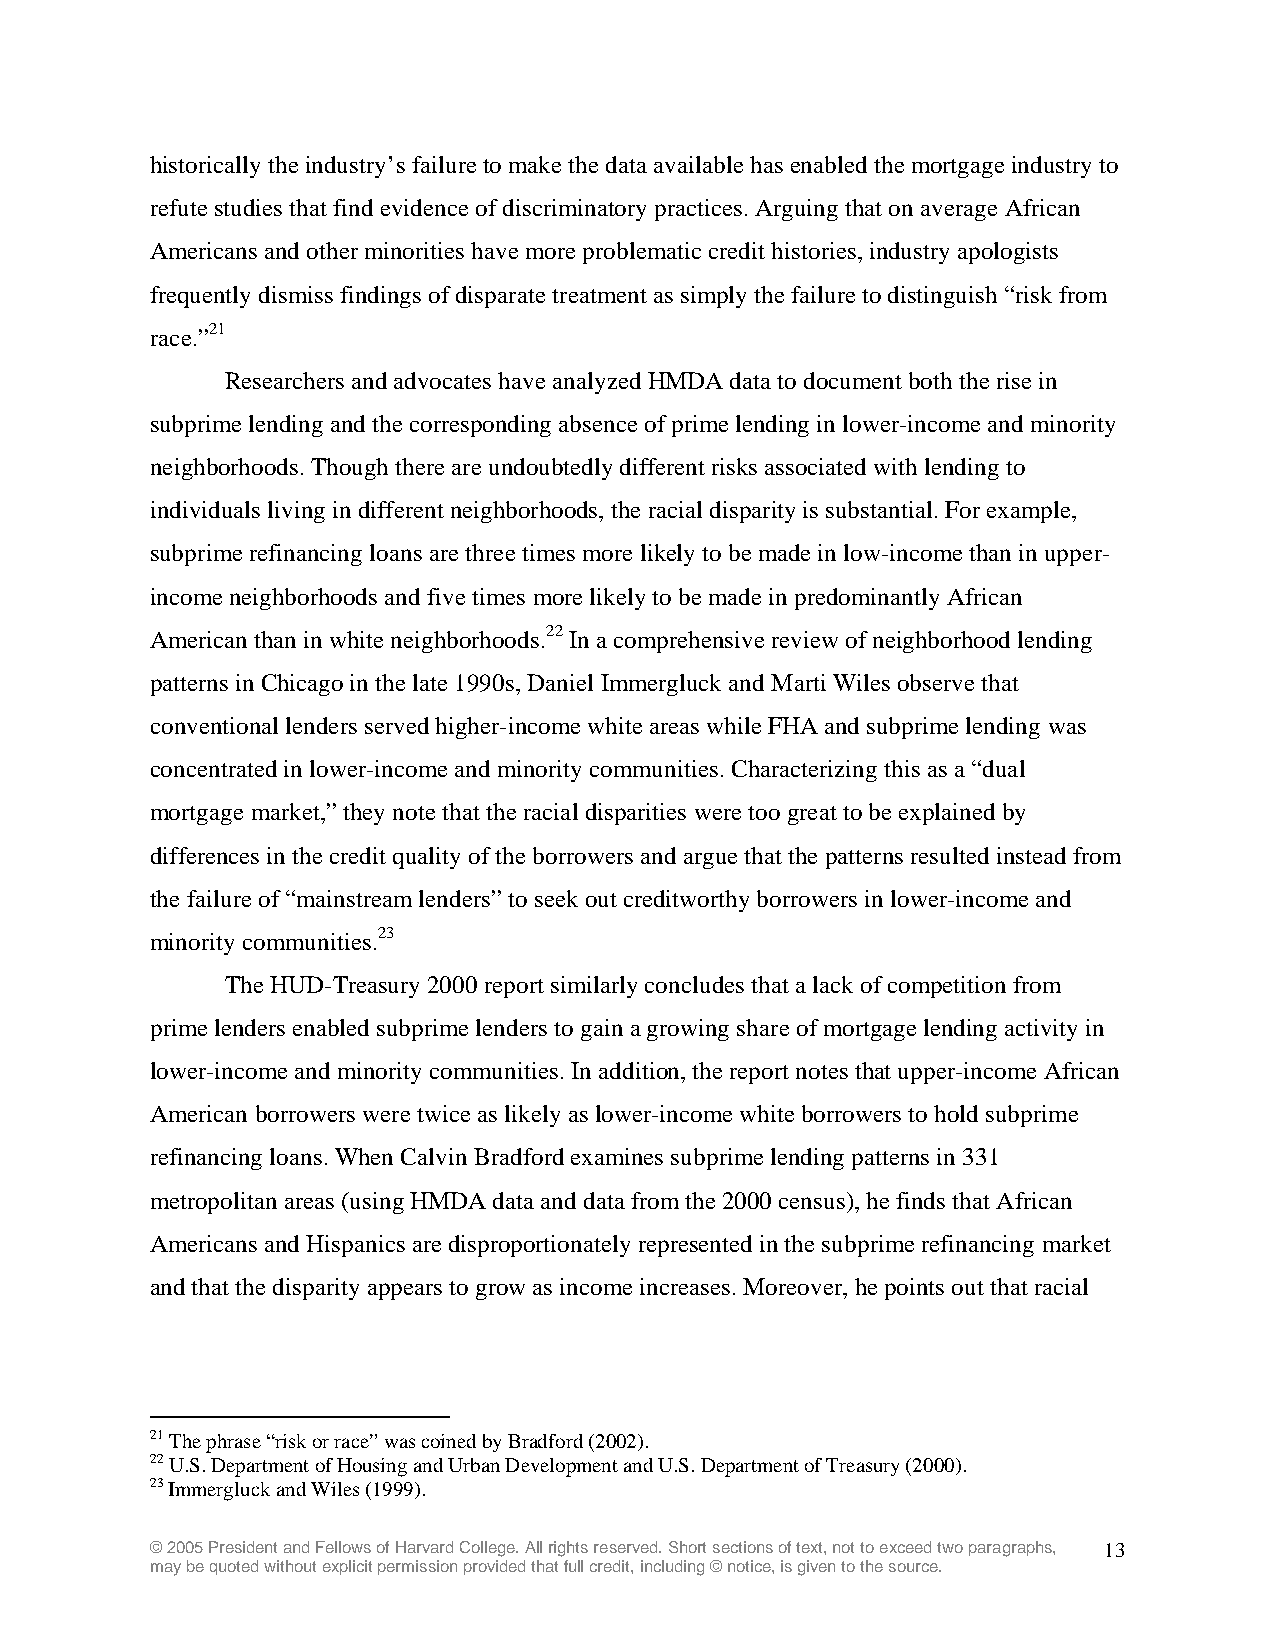
historically the industry’s failure to make the data available has enabled the mortgage industry to
 refute studies that find evidence of discriminatory practices. Arguing that on average African
 Americans and other minorities have more problematic credit histories, industry apologists
 frequently dismiss findings of disparate treatment as simply the failure to distinguish “risk from
 race.”21
 Researchers and advocates have analyzed HMDA data to document both the rise in
 subprime lending and the corresponding absence of prime lending in lower-income and minority
 neighborhoods. Though there are undoubtedly different risks associated with lending to
 individuals living in different neighborhoods, the racial disparity is substantial. For example,
 subprime refinancing loans are three times more likely to be made in low-income than in upper-
 income neighborhoods and five times more likely to be made in predominantly African
 American than in white neighborhoods.22 In a comprehensive review of neighborhood lending
 patterns in Chicago in the late 1990s, Daniel Immergluck and Marti Wiles observe that
 conventional lenders served higher-income white areas while FHA and subprime lending was
 concentrated in lower-income and minority communities. Characterizing this as a “dual
 mortgage market,” they note that the racial disparities were too great to be explained by
 differences in the credit quality of the borrowers and argue that the patterns resulted instead from
 the failure of “mainstream lenders” to seek out creditworthy borrowers in lower-income and
 minority communities.23
 The HUD-Treasury 2000 report similarly concludes that a lack of competition from
 prime lenders enabled subprime lenders to gain a growing share of mortgage lending activity in
 lower-income and minority communities. In addition, the report notes that upper-income African
 American borrowers were twice as likely as lower-income white borrowers to hold subprime
 refinancing loans. When Calvin Bradford examines subprime lending patterns in 331
 metropolitan areas (using HMDA data and data from the 2000 census), he finds that African
 Americans and Hispanics are disproportionately represented in the subprime refinancing market
 and that the disparity appears to grow as income increases. Moreover, he points out that racial
 21 The phrase “risk or race” was coined by Bradford (2002).
 22 U.S. Department of Housing and Urban Development and U.S. Department of Treasury (2000).
 23 Immergluck and Wiles (1999).
 © 2005 President and Fellows of Harvard College. All rights reserved. Short sections of text, not to exceed two paragraphs, 13
 may be quoted without explicit permission provided that full credit, including © notice, is given to the source.